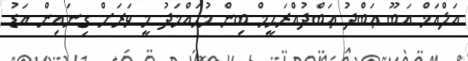
އަލްއަޚް އަބޫ ޢަބްދު ޢަބްދުއްރަޙީމް ބިން މުޙައްމަދު މީ ވަރަށް ގިނައިން އަޑު